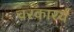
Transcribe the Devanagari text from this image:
चरकारर्य